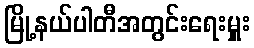
မြို့နယ်ပါတီအတွင်းရေးမှူး